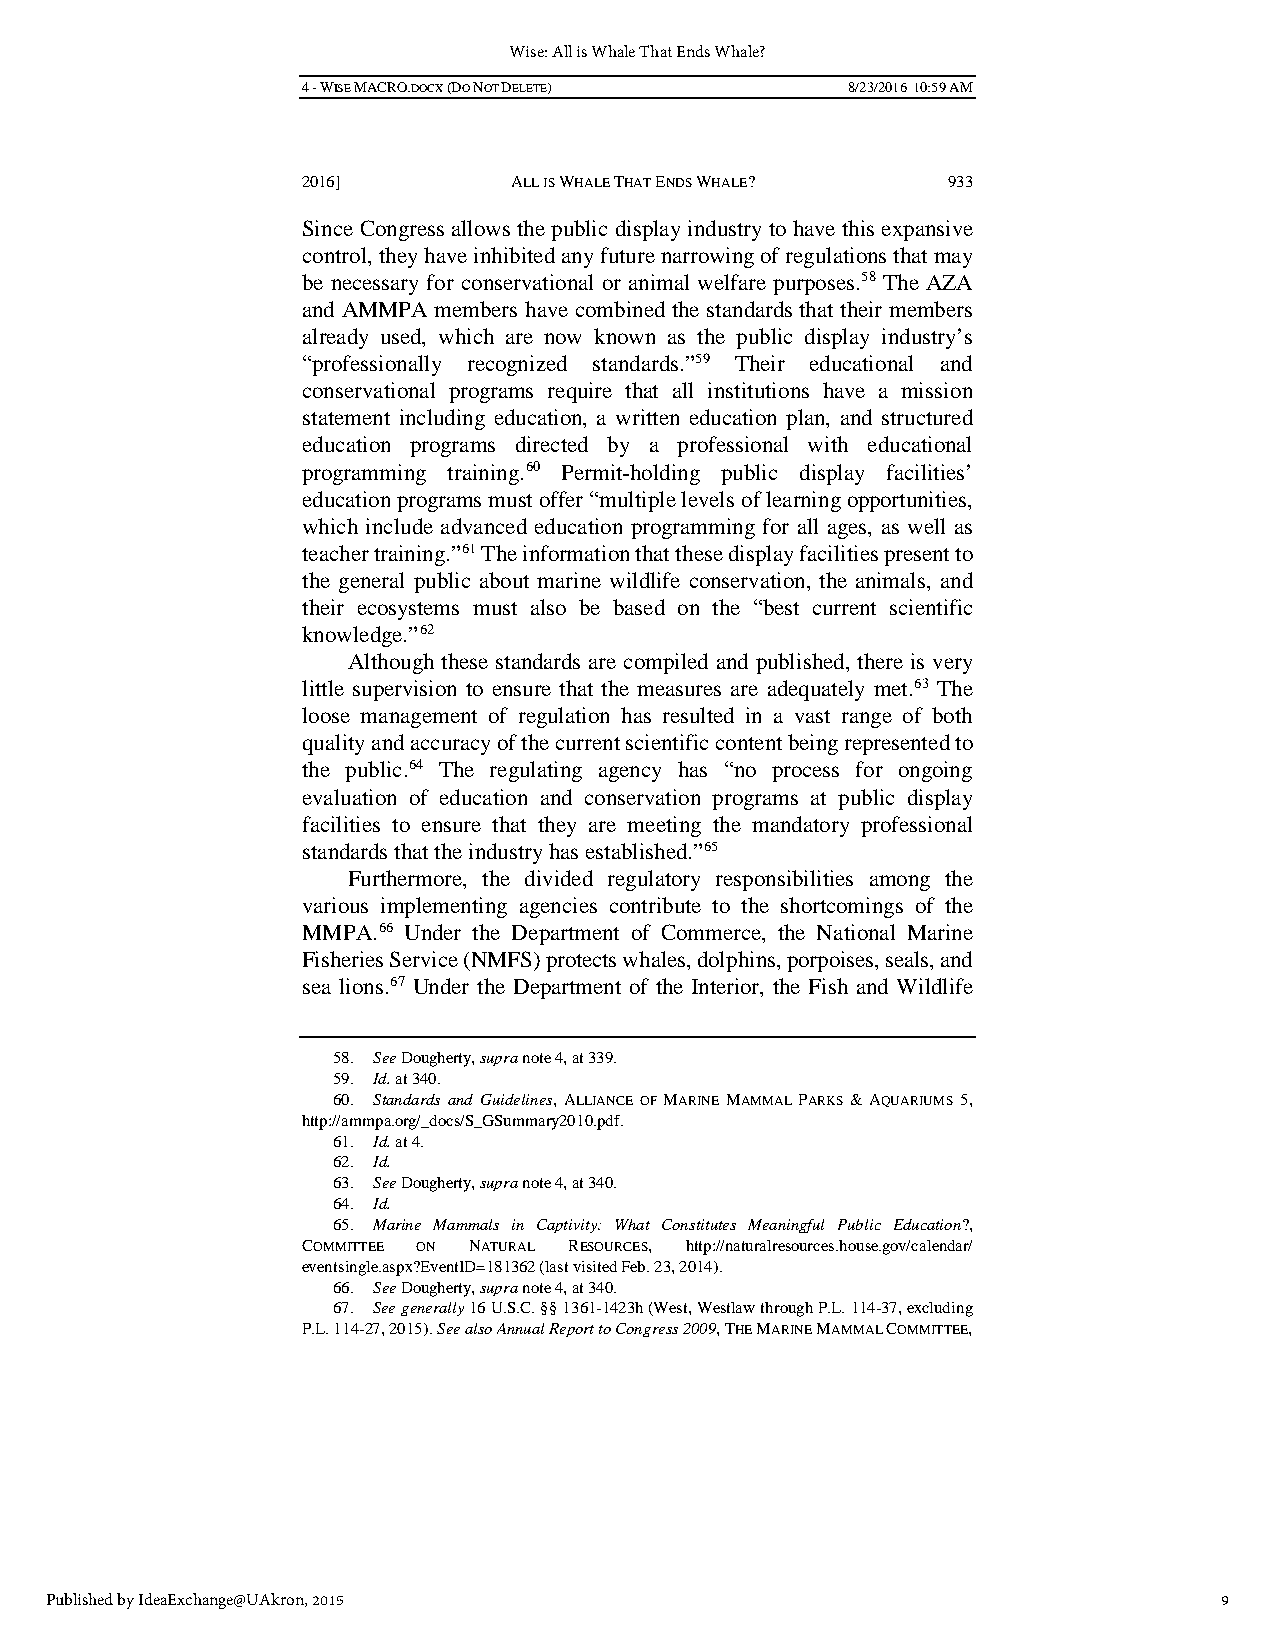
Wise: All is Whale That Ends Whale?
 4 - WISE MACRO.DOCX (DO NOT DELETE) 8/23/2016 10:59 AM
 2016]         ALL IS WHALE THAT ENDS WHALE? 933
 Since Congress allows the public display industry to have this expansive
 control, they have inhibited any future narrowing of regulations that may
 be necessary for conservational or animal welfare purposes.58 The AZA
 and AMMPA members have combined the standards that their members
 already used, which are now known as the public display industry’s
 “professionally recognized standards.”59 Their educational and
 conservational programs require that all institutions have a mission
 statement including education, a written education plan, and structured
 education programs directed by a professional with educational
 programming training.60 Permit-holding public display facilities’
 education programs must offer “multiple levels of learning opportunities,
 which include advanced education programming for all ages, as well as
 teacher training.”61 The information that these display facilities present to
 the general public about marine wildlife conservation, the animals, and
 their ecosystems must also be based on the “best current scientific
 knowledge.”62
 Although these standards are compiled and published, there is very
 little supervision to ensure that the measures are adequately met.63 The
 loose management of regulation has resulted in a vast range of both
 quality and accuracy of the current scientific content being represented to
 the public.64 The regulating agency has “no process for ongoing
 evaluation of education and conservation programs at public display
 facilities to ensure that they are meeting the mandatory professional
 standards that the industry has established.”65
 Furthermore, the divided regulatory responsibilities among the
 various implementing agencies contribute to the shortcomings of the
 MMPA.66 Under the Department of Commerce, the National Marine
 Fisheries Service (NMFS) protects whales, dolphins, porpoises, seals, and
 sea lions.67 Under the Department of the Interior, the Fish and Wildlife
 58. See Dougherty, supra note 4, at 339.
 59. Id. at 340.
 60. Standards and Guidelines, ALLIANCE OF MARINE MAMMAL PARKS & AQUARIUMS 5,
 http://ammpa.org/_docs/S_GSummary2010.pdf.
 61. Id. at 4.
 62. Id.
 63. See Dougherty, supra note 4, at 340.
 64. Id.
 65. Marine Mammals in Captivity: What Constitutes Meaningful Public Education?,
 COMMITTEE ON NATURAL RESOURCES, http://naturalresources.house.gov/calendar/
 eventsingle.aspx?EventID=181362 (last visited Feb. 23, 2014).
 66. See Dougherty, supra note 4, at 340.
 67. See generally 16 U.S.C. §§ 1361-1423h (West, Westlaw through P.L. 114-37, excluding
 P.L. 114-27, 2015). See also Annual Report to Congress 2009, THE MARINE MAMMAL COMMITTEE,
 Published by IdeaExchange@UAkron, 2015                                        9